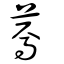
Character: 蔫